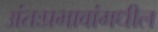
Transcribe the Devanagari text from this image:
अंतःप्रभावांमधील